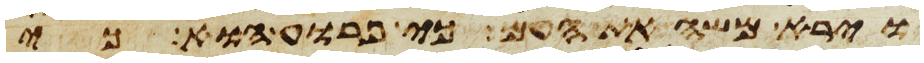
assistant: וירא משה את העם כי פרוע הוא כי